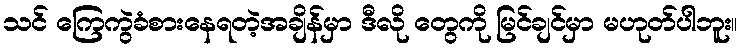
သင် ကြေကွဲခံစားနေရတဲ့အချိန်မှာ ဒီလို တွေကို မြင်ချင်မှာ မဟုတ်ပါဘူး။